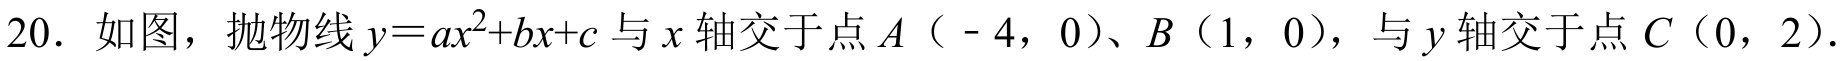
20. 如图，抛物线\(y = ax^{2}+bx + c\)与\(x\)轴交于点\(A(-4,0)\)、\(B(1,0)\)，与\(y\)轴交于点\(C(0,2)\).